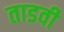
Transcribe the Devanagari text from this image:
ताडवी